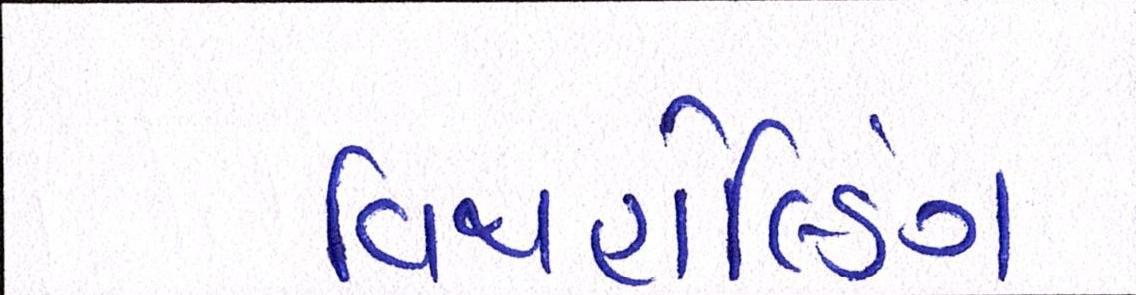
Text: વિથહોલ્ડિંગ